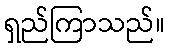
ရှည်ကြာသည်။